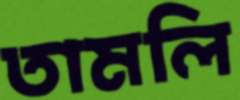
তামলি